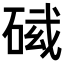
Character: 𥓛